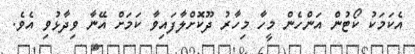
އެކަމަކު ކޯޓުން އަންހެން މީހާ މިހާރު ދޫކޮށްލާފައިވާ ކަމަށް އޭނާ ވިދާޅުވި އެވެ.